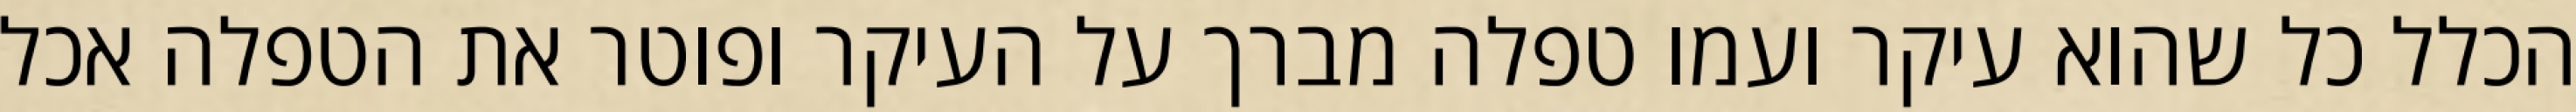
הכלל כל שהוא עיקר ועמו טפלה מברך על העיקר ופוטר את הטפלה אכל